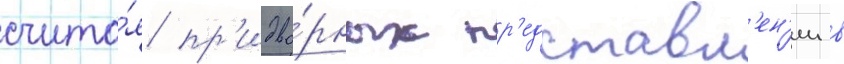
счита́я пр'идво́рных пр'едставл'ен'ии в